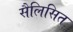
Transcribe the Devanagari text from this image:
सैलिसित